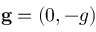
\mathbf { g } = ( 0 , - g )